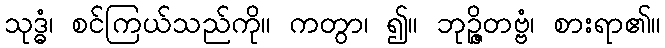
သုဒ္ဓံ၊ စင်ကြယ်သည်ကို။ ကတွာ၊ ၍။ ဘုဉ္ဇိတဗ္ဗံ၊ စားရာ၏။